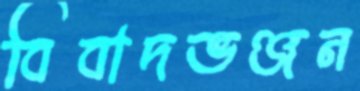
বিবাদভঞ্জন